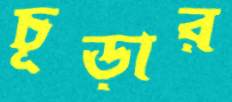
চূড়ার